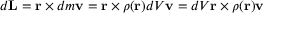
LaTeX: d \mathbf { L } = \mathbf { r } \times d m \mathbf { v } = \mathbf { r } \times \rho ( \mathbf { r } ) d V \mathbf { v } = d V \mathbf { r } \times \rho ( \mathbf { r } ) \mathbf { v }